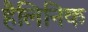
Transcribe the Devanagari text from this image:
हैलिनिक